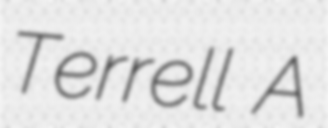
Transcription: Terrell A